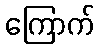
ကြောက်